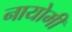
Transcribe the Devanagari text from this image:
नायोमी